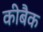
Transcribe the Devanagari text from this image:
कीबैक